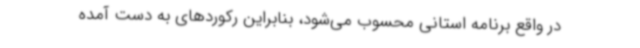
در واقع برنامه‌ استانی محسوب می‌شود، بنابراین رکوردهای به دست آمده